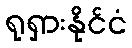
ရုရှားနိုင်ငံ